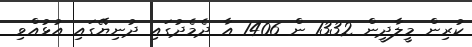
ކުރިން މީލާދީން 1332 ން 1406 އާ ދެމެދުގައި ދުނިޔޭގައި އުޅުއްވި